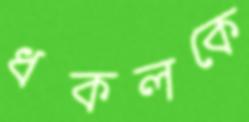
ধকলকে